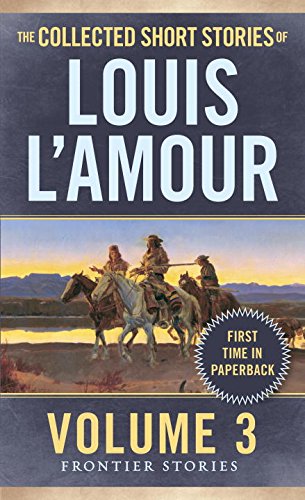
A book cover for The Collected Short Stories of Louis L'Amour, Volume 3: Frontier Stories; Louis L'Amour; Literature & Fiction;